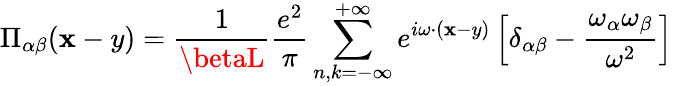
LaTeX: \Pi_{\alpha\beta}(\mathbf{x}-y)=\frac{{1}}{{\betaL}}\frac{{e^{2}}}{{\pi}}\sum_{n,k=-\infty}^{+\infty}e^{i\omega\cdot(\mathbf{x}-y)}\left[\delta_{\alpha\beta}-\frac{{\omega_{\alpha}\omega_{\beta}}}{{\omega^{2}}}\right]